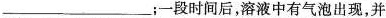
___；一段时间后，溶液中有气泡出现，并